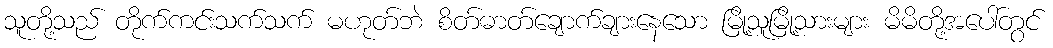
သူတို့သည် တိုက်ကင်းသက်သက် မဟုတ်ဘဲ စိတ်ဓာတ်ချောက်ချားနေသော မြို့သူမြို့သားများ မိမိတို့အပေါ်တွင်